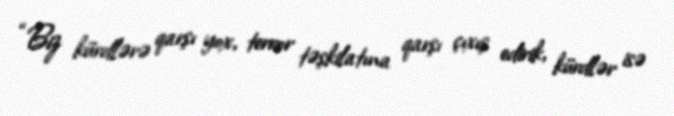
“Biz kürdlərə qarşı yox, terror təşkilatına qarşı çıxış edirik, kürdlər isə